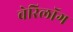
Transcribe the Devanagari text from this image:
वेरिलॉग